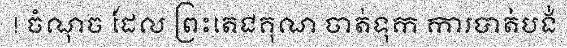
! ចំណុច ដែល ព្រះតេជគុណ ចាត់ទុក ការបាត់បង់